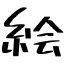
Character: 絵